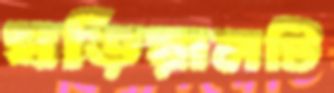
ঘড়িয়ালটি